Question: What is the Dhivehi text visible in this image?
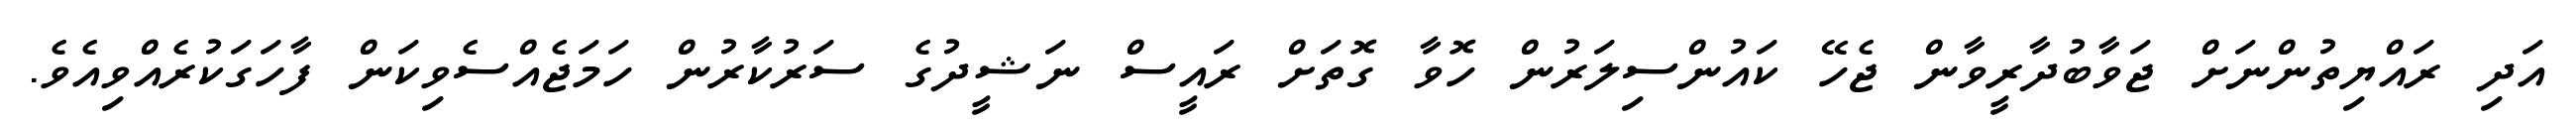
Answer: އަދި ރައްޔިތުންނަށް ޖަވާބުދާރީވާން ޖެހޭ ކައުންސިލަރުން ހޮވާ ގޮތަށް ރައީސް ނަޝީދުގެ ސަރުކާރުން ހަމަޖެއްސެވިކަން ފާހަގަކުރެއްވިއެވެ.